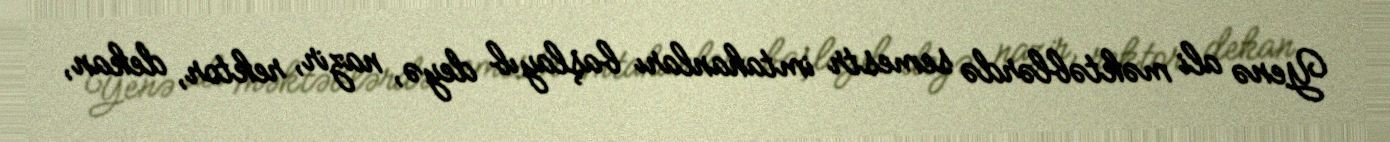
Yenə ali məktəblərdə semestr imtahanları başlayıb deyə, nazir, rektor, dekan,